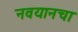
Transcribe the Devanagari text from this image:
नवयानचा